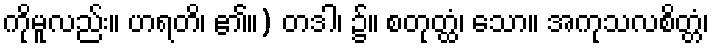
ကိုမူလည်း။ ဟရတိ၊ ၏။) တဒါ၊ ၌။ စတုတ္ထံ၊ သော။ အကုသလစိတ္တံ၊